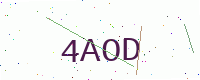
Text: 4AOD